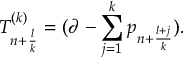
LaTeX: { \cal T } _ { n + \frac { l } { k } } ^ { ( k ) } = ( \partial - \sum _ { j = 1 } ^ { k } p _ { n + \frac { l + j } { k } } ) .